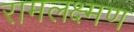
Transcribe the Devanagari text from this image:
रामलक्ष्मण